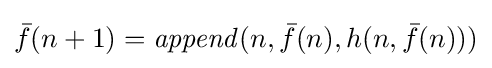
{\bar {f}}(n+1)={\mathit {append}}(n,{\bar {f}}(n),h(n,{\bar {f}}(n)))